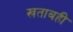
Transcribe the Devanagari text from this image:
खताबही